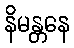
နိမန္တနေ